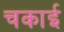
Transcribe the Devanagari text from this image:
चकाई